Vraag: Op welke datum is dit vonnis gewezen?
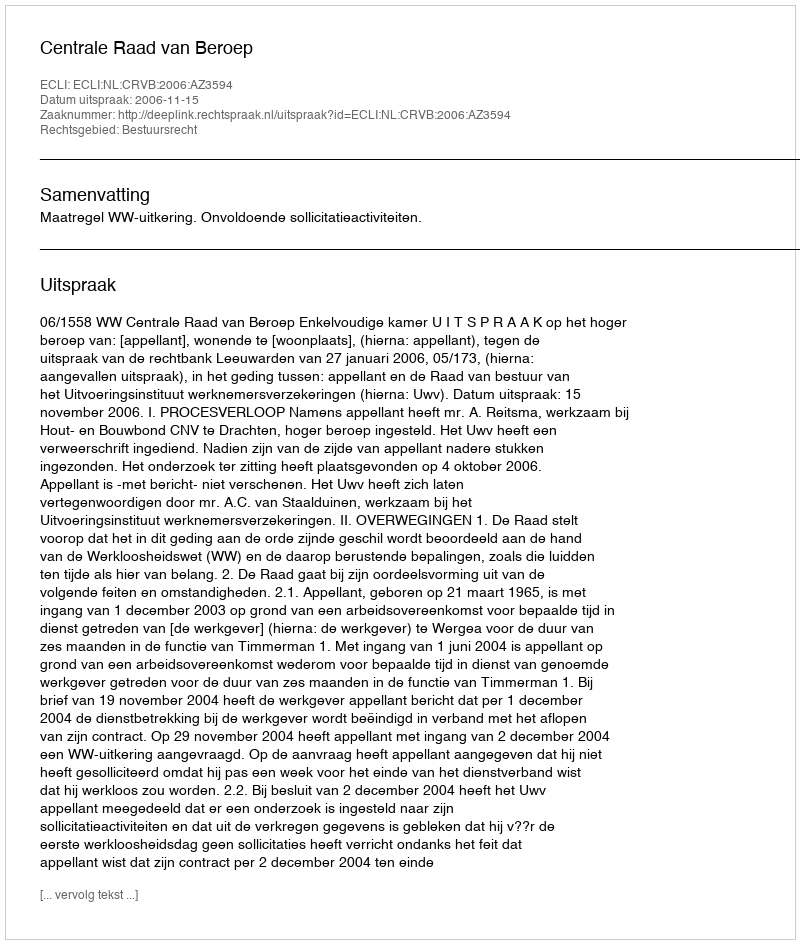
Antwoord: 2006-11-15